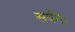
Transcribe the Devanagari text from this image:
सर्वम्।